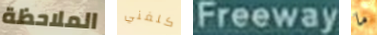
الملاحظة كلفني Freeway ما